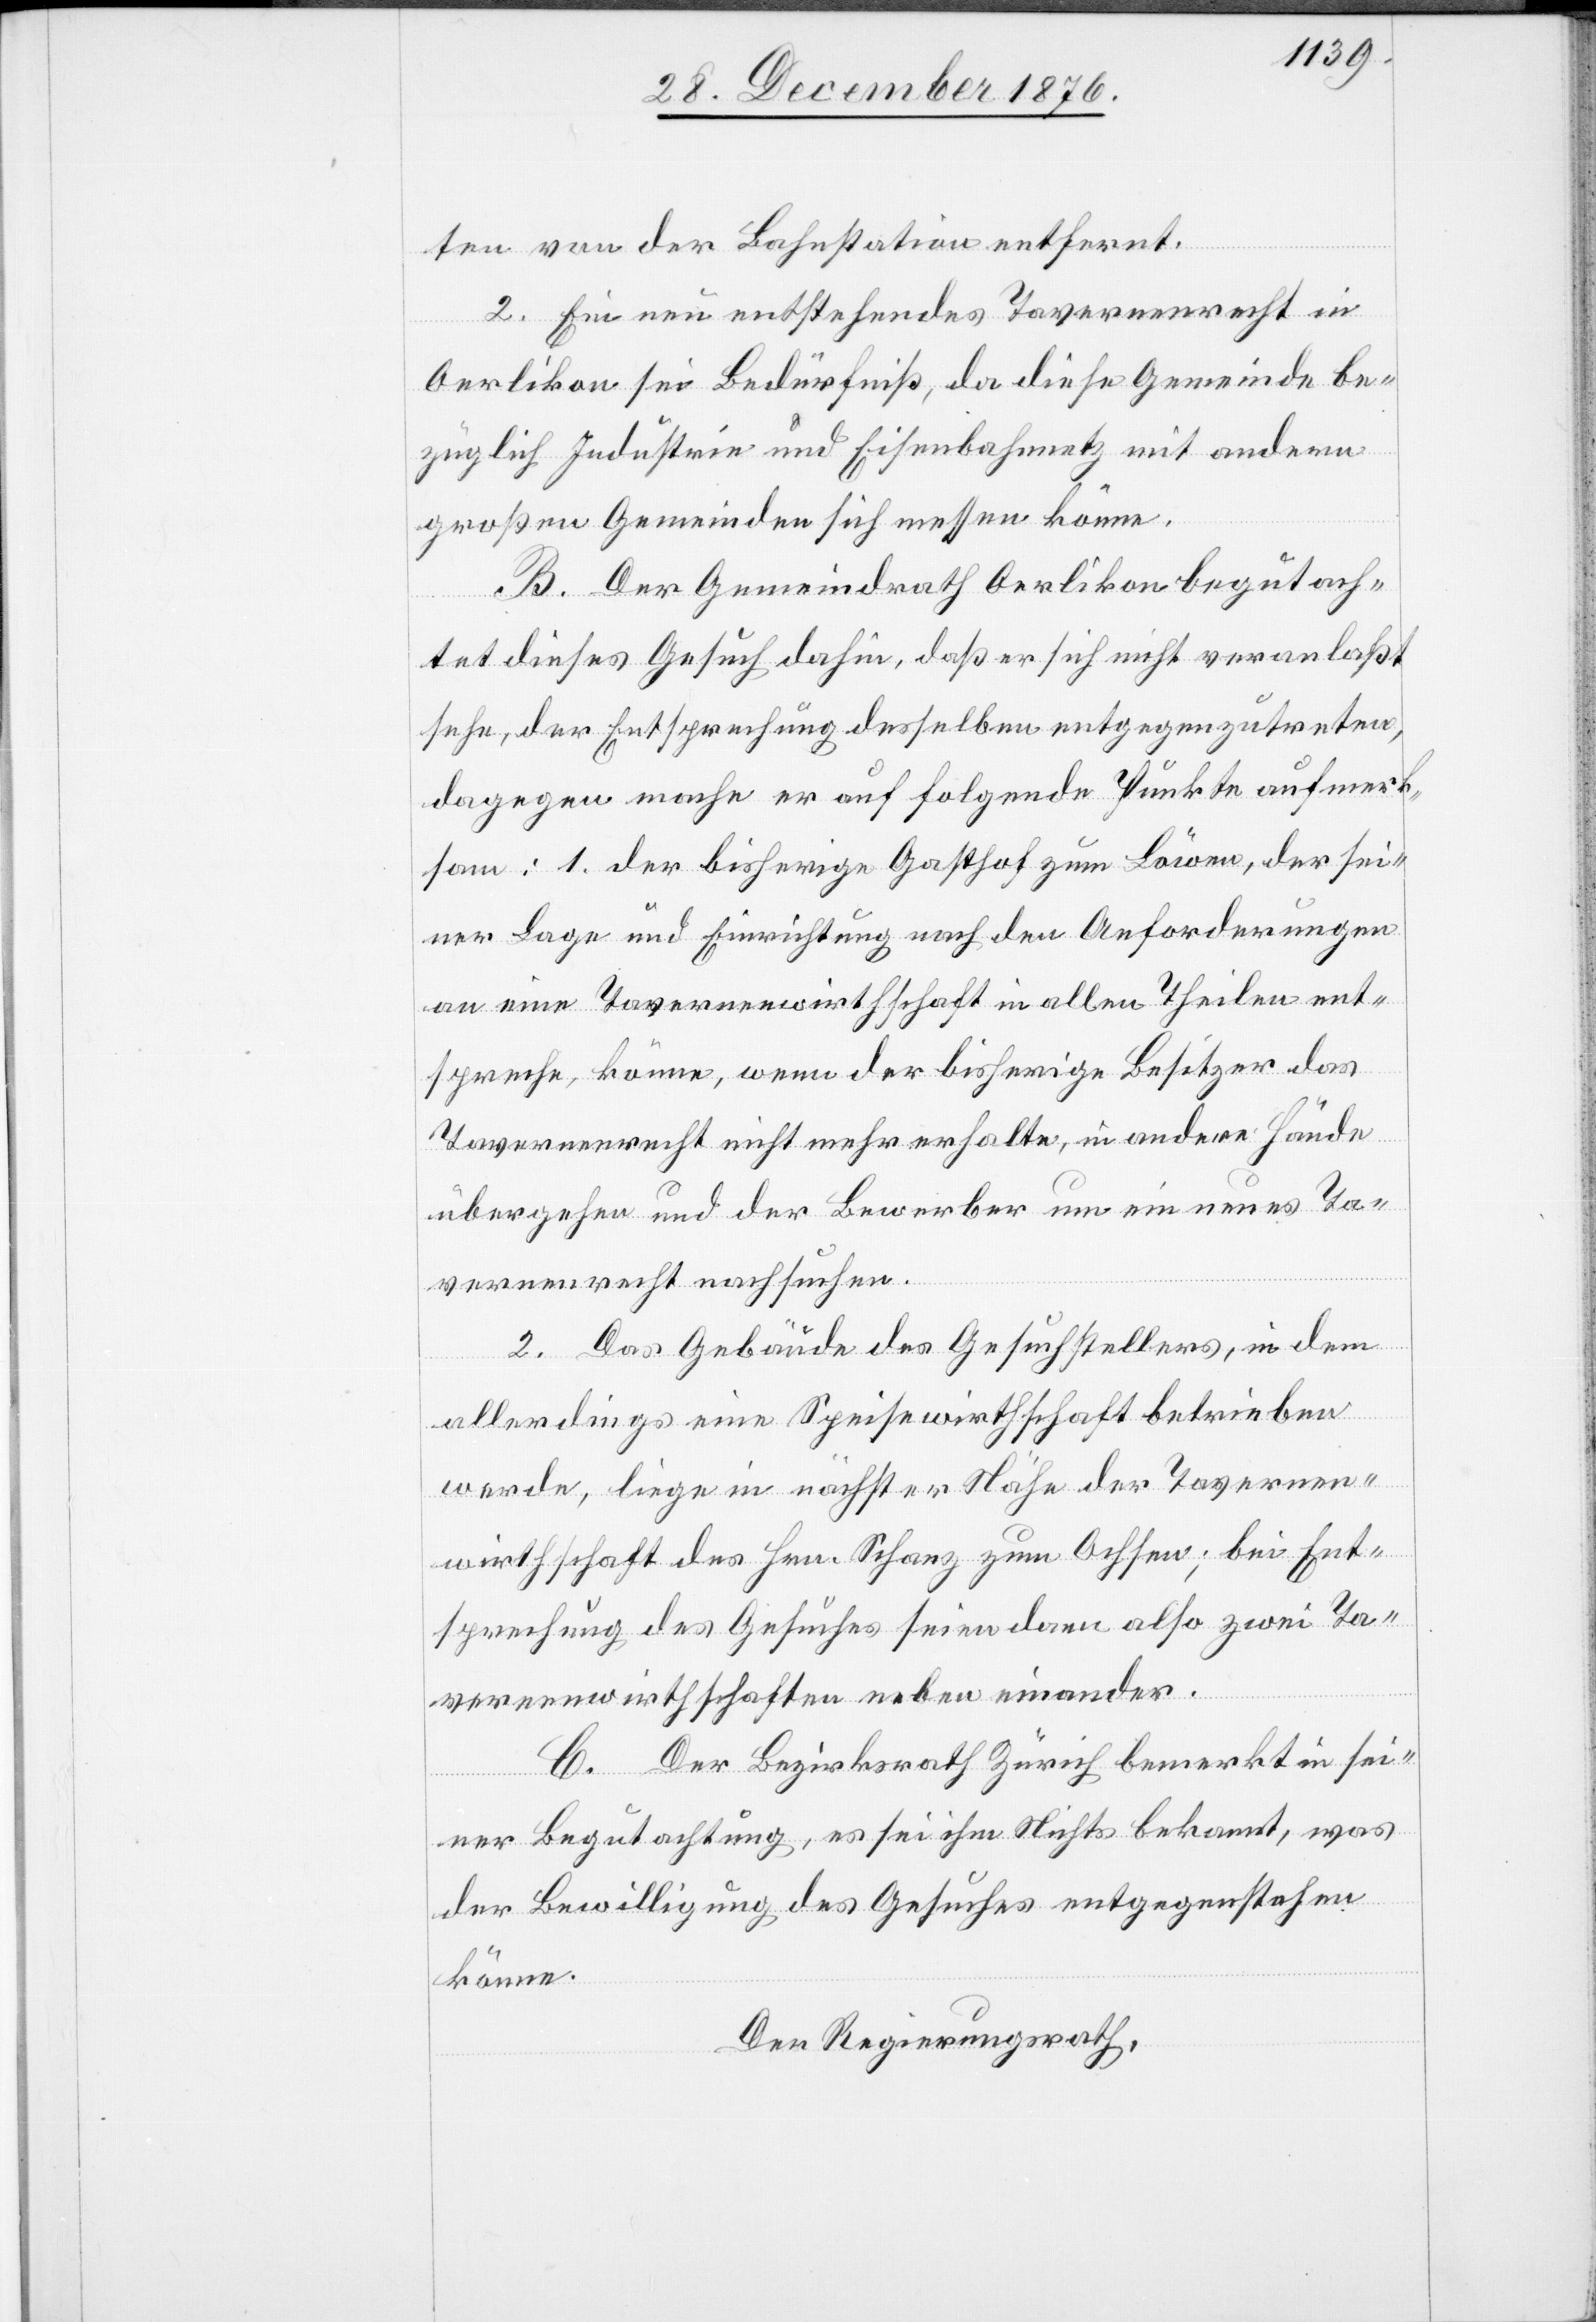
ten von der Bahnstation entfernt.
2. Ein neu entstehendes Tavernenrecht in
Oerlikon sei Bedürfniß, da diese Gemeinde be¬
züglich Industrie und Eisenbahnnetz mit andern
großen Gemeinden sich messen könne.
B. Der Gemeindrath Oerlikon begutach¬
tet dieses Gesuch dahin, daß er sich nicht veranlaßt
sehe, der Entsprechung desselben entgegenzutreten,
dagegen mache er auf folgende Punkte aufmerk¬
1. der bisherige Gasthof zum Löwen, der sei¬
ner Lage und Einrichtung nach den Anforderungen
an eine Tavernenwirthschaft in allen Theilen ent¬
spreche, könne, wenn der bisherige Besitzer das
sam:
Tavernenrecht nicht mehr erhalte, in andere Hände
übergehen und der Bewerber um ein neues Ta¬
vernenrecht nachsuchen.
2. Das Gebäude des Gesuchstellers, in dem
allerdings eine Speisewirthschaft betrieben
werde, liege in nächster Nähe der Tavernen¬
wirthschaft des Hrn. Schanz zum Ochsen; bei Ent¬
sprechung des Gesuches seien dann also wie Ta¬
vernenwirthschaften neben einander.
C. Der Bezirksrath Zürich bemerkt in sei¬
ner Begutachtung, es sei ihm Nichts bekannt, was
der Bewilligung des Gesuches entgegenstehen
könne.
Der Regierungsrath,